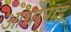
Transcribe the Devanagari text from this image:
आर्थोपाड